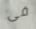
فى